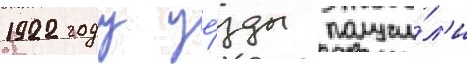
1922 году уе́зды получи́л'и